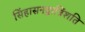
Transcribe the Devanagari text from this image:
सिंहासनद्वात्रिंशति